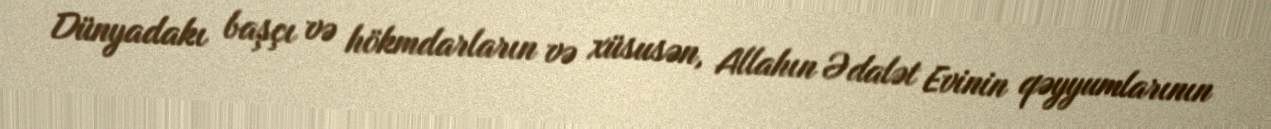
Dünyadakı başçı və hökmdarların və xüsusən, Allahın Ədalət Evinin qəyyumlarının